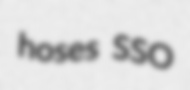
hoses SSO